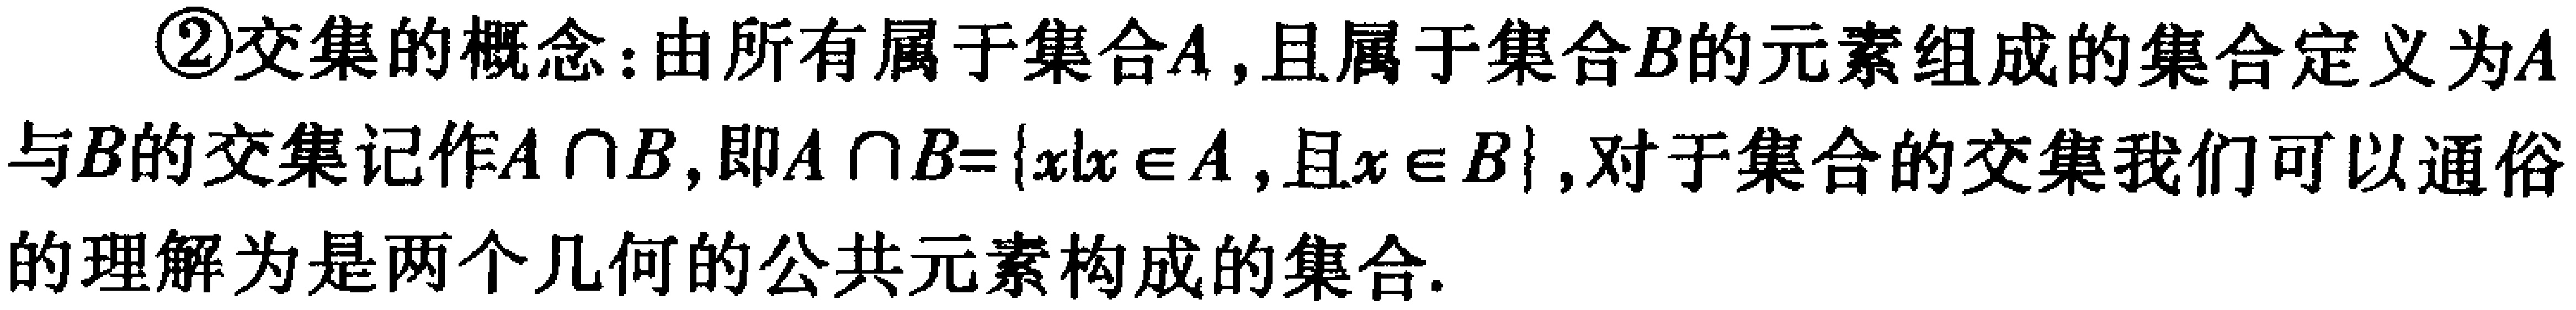
\textcircled{2}交集的概念：由所有属于集合\(A\)，且属于集合\(B\)的元素组成的集合定义为\(A\)与\(B\)的交集记作\(A\cap B\)，即\(A\cap B = \{x|x\in A,且x\in B\}\)，对于集合的交集我们可以通俗的理解为是两个几何的公共元素构成的集合.